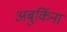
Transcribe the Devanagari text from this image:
अबुर्किना